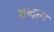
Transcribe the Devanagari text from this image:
शब्दरुप